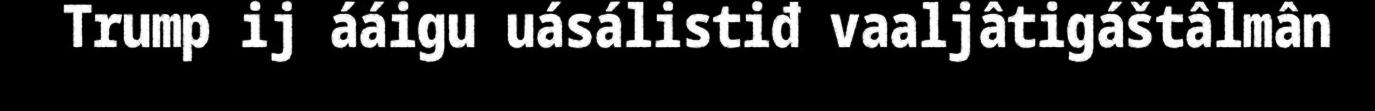
Trump ij ááigu uásálistiđ vaaljâtigáštâlmân